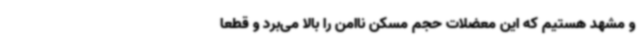
و مشهد هستیم که این معضلات حجم مسکن ‌ناامن را بالا می‌برد و قطعا